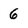
Character: 6